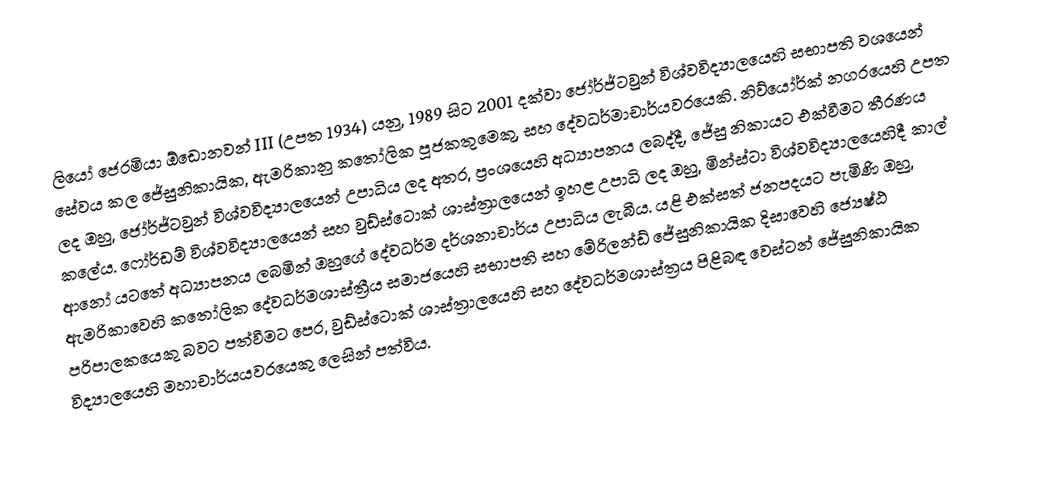
ලියෝ ජෙරමියා ඕඩොනවන් III  (උපත 1934) යනු, 1989 සිට 2001 දක්වා  ජෝර්ජ්ටවුන් විශ්වවිද්‍යාලයෙහි සභාපති වශයෙන් සේවය කල ජේසුනිකායික, ඇමරිකානු කතෝලික පූජකතුමෙකු,  සහ දේවධර්මාචාර්යවරයෙකි. නිව්යෝර්ක් නගරයෙහි උපත ලද ඔහු, ජෝර්ජ්ටවුන් විශ්වවිද්‍යාලයෙන් උපාධිය ලද අතර, ප්‍රංශයෙහි අධ්‍යාපනය ලබද්දී, ජේසු නිකායට එක්වීමට තීරණය කලේය.  ෆෝර්ඩම් විශ්වවිද්‍යාලයෙන් සහ  වුඩ්ස්ටොක් ශාස්ත්‍රාලයෙන් ඉහළ උපාධි ලද ඔහු,  මින්ස්ටා විශ්වවිද්‍යාලයෙහිදී කාල් ආනෝ යටතේ අධ්‍යාපනය ලබමින් ඔහුගේ   දේවධර්ම දර්ශනාචාර්ය උපාධිය ලැබීය. යළි එක්සත් ජනපදයට පැමිණි ඔහු,  ඇමරිකාවෙහි කතෝලික දේවධර්මශාස්ත්‍රීය සමාජයෙහි සභාපති සහ මේරිලන්ඩ් ජේසුනිකායික දිසාවෙහි ජ්‍යෙෂ්ඨ පරිපාලකයෙකු බවට පත්වීමට පෙර, වුඩ්ස්ටොක් ශාස්ත්‍රාලයෙහි සහ දේවධර්මශාස්ත්‍රය පිළිබඳ වෙස්ටන් ජේසුනිකායික විද්‍යාලයෙහි මහාචාර්යයවරයෙකු ලෙසින් පත්විය.